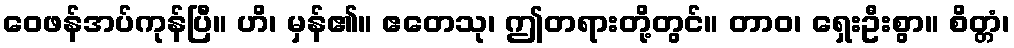
ဝေဖန်အပ်ကုန်ပြီ။ ဟိ၊ မှန်၏။ ဧတေသု၊ ဤတရားတို့တွင်။ တာဝ၊ ရှေးဦးစွာ။ စိတ္တံ၊